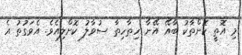
މި އޮތީ ކޮންތާކު ބާއޭ އޭނާ ހިތާހިތާ ސުވާލު ކޮށްލިއެވެ. އެވަގުތު އެ